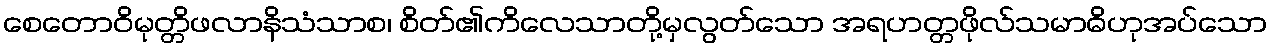
စေတောဝိမုတ္တိဖလာနိသံသာစ၊ စိတ်၏ကိလေသာတို့မှလွတ်သော အရဟတ္တဖိုလ်သမာဓိဟုအပ်သော